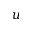
u